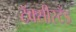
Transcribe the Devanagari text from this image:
टॅक्सीस्टँड